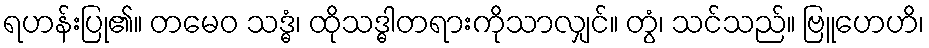
ရဟန်းပြု၏။ တမေဝ သဒ္ဓံ၊ ထိုသဒ္ဓါတရားကိုသာလျှင်။ တွံ၊ သင်သည်။ ဗြူဟေဟိ၊